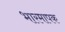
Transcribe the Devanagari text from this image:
भारमापक